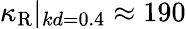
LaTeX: \kappa_{\mathrm{R}}|_{kd=0.4}\approx 190